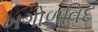
ખગોળવિદ